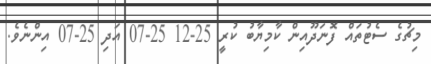
މިޗުގެ ސެޓުތައް ފޮނަދޫއިން ކާމިޔާބު ކުރީ 25-12 25-07 އަދި 25-07 އިންނެވެ.